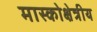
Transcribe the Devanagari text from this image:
मास्कोक्षेत्रीय